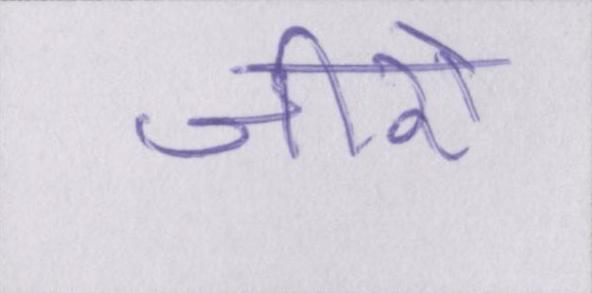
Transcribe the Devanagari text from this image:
जीरो